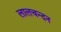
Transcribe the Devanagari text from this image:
लालचन्दन